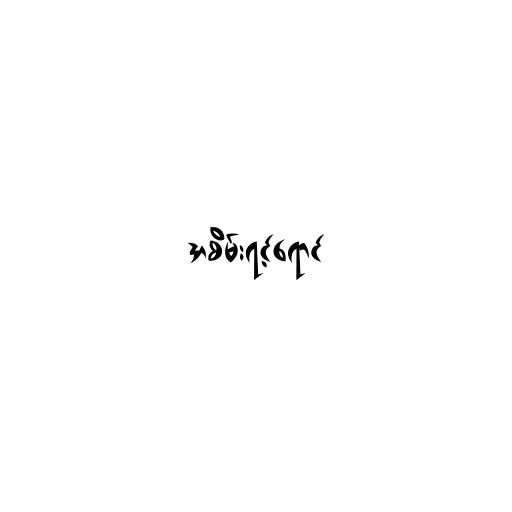
အစိမ်းရင့်ရောင်